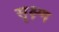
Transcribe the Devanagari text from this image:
सृक्ष्‍ण